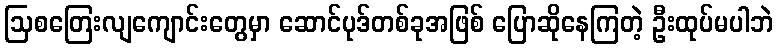
ဩစတြေးလျကျောင်းတွေမှာ ဆောင်ပုဒ်တစ်ခုအဖြစ် ပြောဆိုနေကြတဲ့ ဦးထုပ်မပါဘဲ